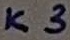
Text: K3